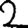
Digit: 2